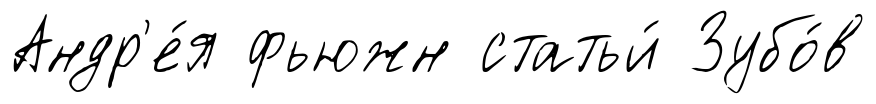
Андр'е́я фьюжн статьи́ Зубо́в